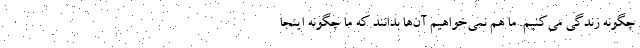
چگونه زندگی می‌کنیم. ما هم نمی‌خواهیم آن‌ها بدانند که ما چگونه اینجا